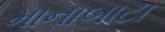
માનાબાટા